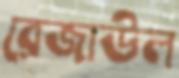
রেজাউল